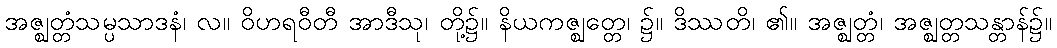
အဇ္ဈတ္တံသမ္ပသာဒနံ၊ လ။ ဝိဟရဝီတီ အာဒီသု၊ တို့၌။ နိယကဇ္ဈတ္တေ၊ ၌။ ဒိဿတိ၊ ၏။ အဇ္ဈတ္တံ၊ အဇ္ဈတ္တသန္တာန်၌။